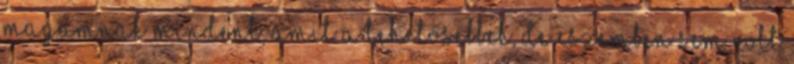
magamnak mindent, amit a tehetősebbek, de eszemben sem volt